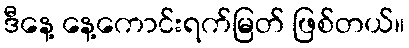
ဒီနေ့ နေ့ကောင်းရက်မြတ် ဖြစ်တယ်။